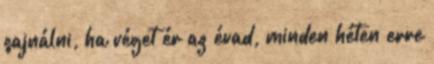
sajnálni, ha véget ér az évad, minden héten erre